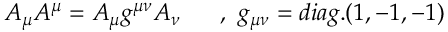
A _ { \mu } A ^ { \mu } = A _ { \mu } g ^ { \mu \nu } A _ { \nu } ~ ~ ~ ~ ~ , ~ g _ { \mu \nu } = d i a g . ( 1 , - 1 , - 1 )